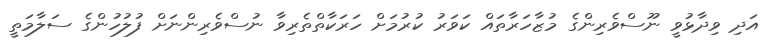
އަދި ވިދާޅުވީ ނޫސްވެރިންގެ މުޒާހަރާތަައް ކަވަރު ކުރުމަށް ހަރަކާތްތެރިވާ ނުސްވެރިންނަށް ފުލުހުންގެ ސަލާމަތީ